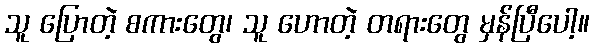
သူ ပြောတဲ့ စကားတွေ၊ သူ ဟောတဲ့ တရားတွေ မှန်ပြီပေါ့။